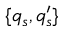
\{ q _ { s } , q _ { s } ^ { \prime } \}